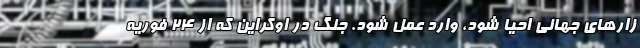
زارهای جهانی احیا شود، وارد عمل شود. جنگ در اوکراین که از ۲۴ فوریه